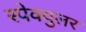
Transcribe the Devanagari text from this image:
स्पेक्युलर